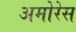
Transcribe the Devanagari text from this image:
अमोरेस